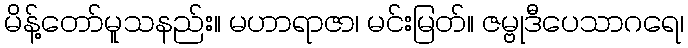
မိန့်တော်မူသနည်း။ မဟာရာဇာ၊ မင်းမြတ်။ ဇမ္ဗုဒီပေသာဂရေ၊